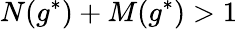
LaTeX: N(g^{*})+M(g^{*})>1